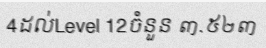
4ដល់Level 12ចំនួន ៣.៥២៣